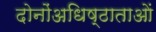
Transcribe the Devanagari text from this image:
दोनोंअधिष्ठाताओं